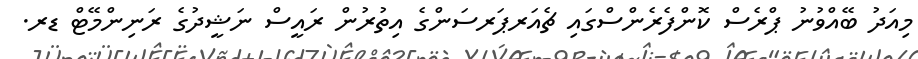
މިއަދު ބޭއްވުނު ޕްރެސް ކޮންފެރެންސްގައި ޗެއަރޕަރސަންގެ އިތުރުން ރައީސް ނަޝީދުގެ ރަނިންމޭޓް ޑރ.